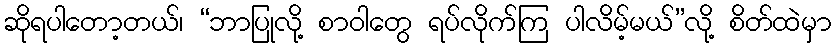
ဆိုရပါတော့တယ်၊ “ဘာပြုလို့ စာဝါတွေ ရပ်လိုက်ကြ ပါလိမ့်မယ်”လို့ စိတ်ထဲမှာ